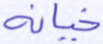
خيانة